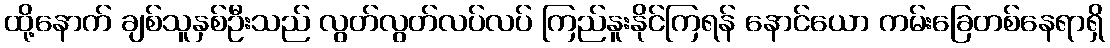
ထို့နောက် ချစ်သူနှစ်ဦးသည် လွတ်လွတ်လပ်လပ် ကြည်နူးနိုင်ကြရန် နောင်ယော ကမ်းခြေတစ်နေရာရှိ